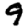
Digit: 9